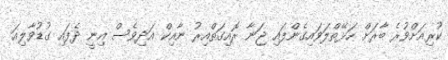
ކުރިއަށްވުރެ ބާރަށް ހަޅޭތްލަވައިގެންފައި ޖަނާ ރޮއިގަތްއިރު ނާއިކް އަދިވެސް އިނީ ދެފައި ގުޑުވާލިއަ